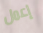
إعمل